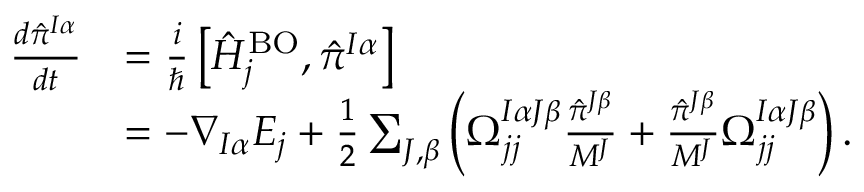
\begin{array} { r l } { \frac { d { \hat { \pi } } ^ { I \alpha } } { d t } } & { = \frac i { \hbar } \left[ \hat { H } _ { j } ^ { \mathrm { B O } } , { \hat { \pi } ^ { I \alpha } } \right] } \\ & { = - \nabla _ { I \alpha } E _ { j } + \frac 1 2 \sum _ { J , \beta } \left( \Omega _ { j j } ^ { I \alpha J \beta } \frac { { \hat { \pi } } ^ { J \beta } } { M ^ { J } } + \frac { { \hat { \pi } } ^ { J \beta } } { M ^ { J } } \Omega _ { j j } ^ { I \alpha J \beta } \right) . } \end{array}